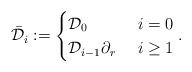
LaTeX: \begin{align*}\bar{\mathcal{D}}_i :=\begin{cases}\mathcal{D}_0 & \ i =0 \\\mathcal{D}_{i-1} \partial_r & \ i \geq 1\end{cases}.\end{align*}